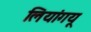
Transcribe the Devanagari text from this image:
लियांगयू